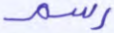
رسم